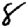
Digit: 8